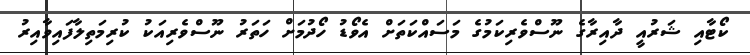
ކޯޓާއި ޝަރުއީ ދާއިރާގެ ނޫސްވެރިކަމުގެ މަސައްކަތަށް އެވޯޑު ހޯދުމަށް ހަތަރު ނޫސްވެރިއަކު ކުރިމަތިލާފައިވާއިރު